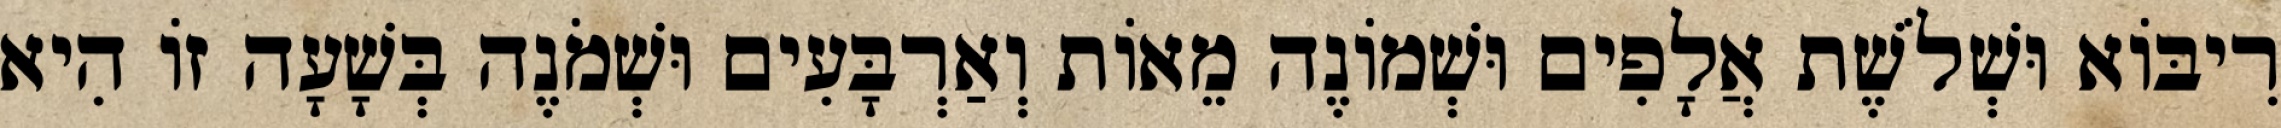
רִיבּוֹא וּשְׁלֹשֶׁת אֲלָפִים וּשְׁמוֹנֶה מֵאוֹת וְאַרְבָּעִים וּשְׁמֹנֶה בְּשָׁעָה זוֹ הִיא